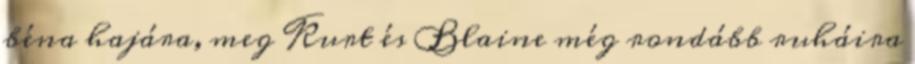
béna hajára, meg Kurt és Blaine még rondább ruháira